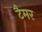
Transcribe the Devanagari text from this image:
टैमर